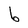
Character: b